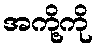
အကို့ကို